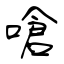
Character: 嗆